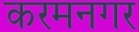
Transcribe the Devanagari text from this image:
करमनगर